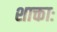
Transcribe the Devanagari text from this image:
शाक्ताः